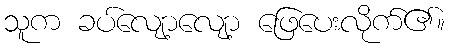
သူက ခပ်လျော့လျော့ ဖြေပေးလိုက်၏။